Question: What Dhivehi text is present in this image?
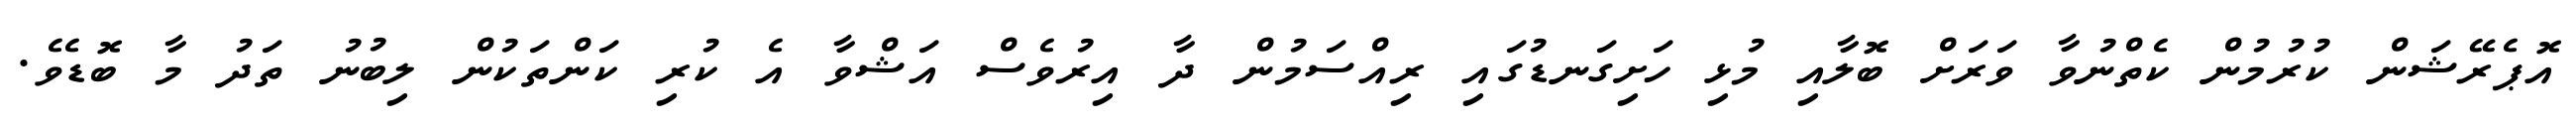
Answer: އޮޕެރޭޝަން ކުރުމުން ކެތްނުވާ ވަރަށް ބޮލާއި މުޅި ހަށިގަނޑުގައި ރިއްސަމުން ދާ އިރުވެސް އަޝްވާ އެ ކުރި ކަންތަކުން ލިބުނު ތަދު މާ ބޮޑެވެ.